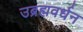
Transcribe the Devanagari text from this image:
उब्रह्मवर्धन